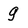
Character: g